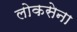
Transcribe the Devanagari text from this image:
लोकसेना